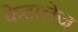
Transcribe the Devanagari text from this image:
केटालेज